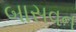
બાસવન